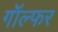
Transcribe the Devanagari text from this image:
गॉल्फर